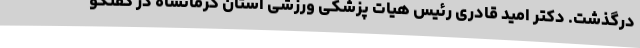
درگذشت. دکتر امید قادری رئیس هیات پزشکی ورزشی استان کرمانشاه در گفتگو